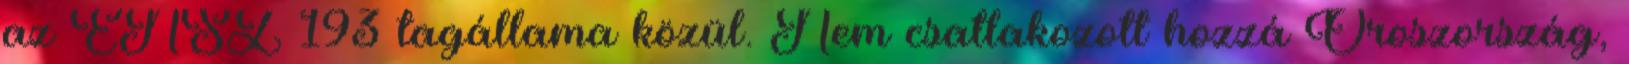
az ENSZ 193 tagállama közül. Nem csatlakozott hozzá Oroszország,